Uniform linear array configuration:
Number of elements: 8
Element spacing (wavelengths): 0.25
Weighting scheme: exponential
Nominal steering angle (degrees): -30
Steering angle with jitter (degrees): -31.732
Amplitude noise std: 0.05
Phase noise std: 0.05

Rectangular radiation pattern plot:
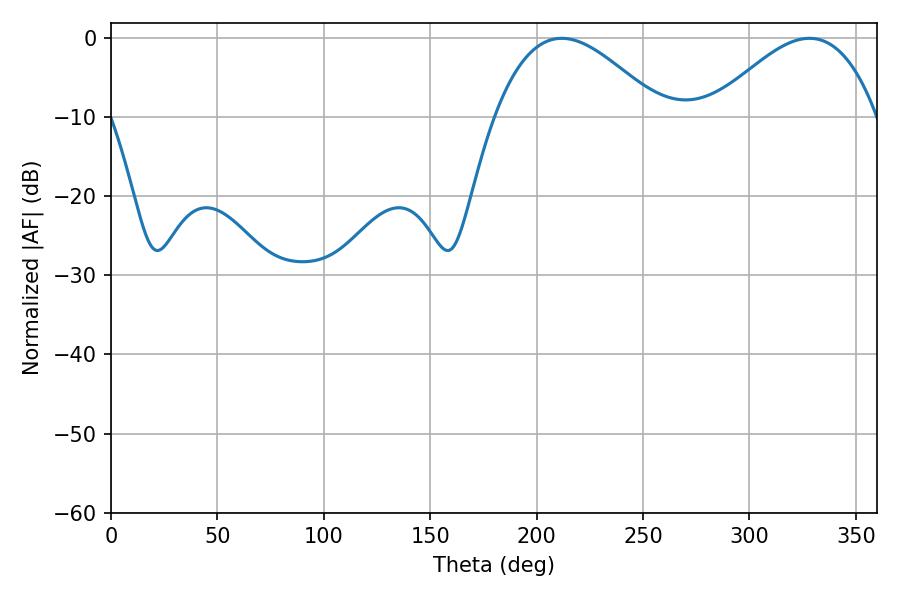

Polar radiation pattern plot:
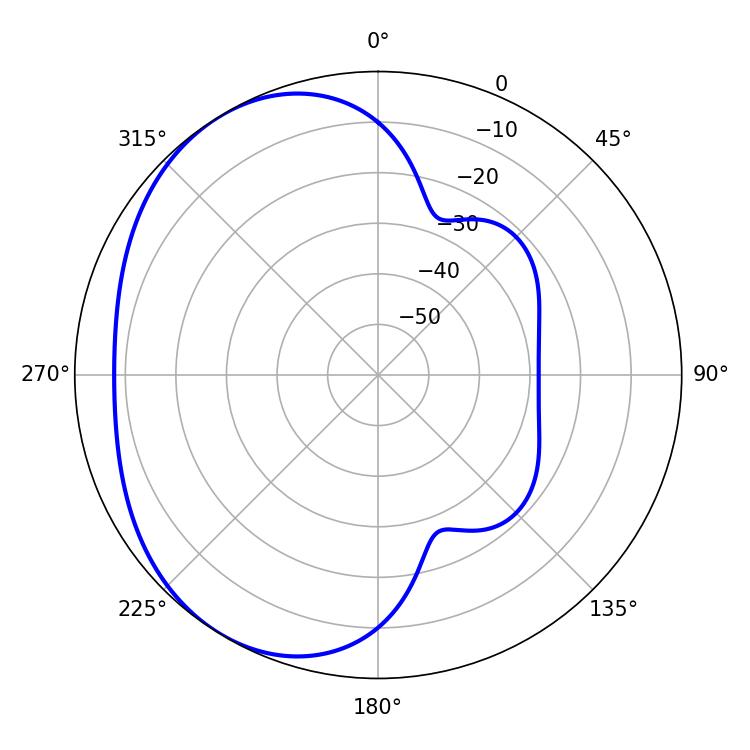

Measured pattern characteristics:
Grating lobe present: FALSE
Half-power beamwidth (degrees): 42.3
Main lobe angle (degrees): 211.86